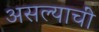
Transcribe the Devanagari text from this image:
असल्याचीं